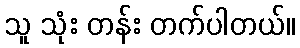
သူ သုံး တန်း တက်ပါတယ်။